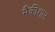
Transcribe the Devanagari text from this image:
मैकीशान